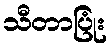
သီတာပြုံး